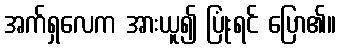
အက်ရှလေက အားယူ၍ ပြုံးရင် ပြော၏။